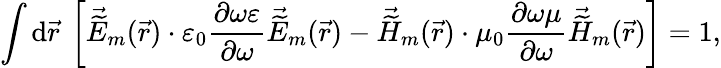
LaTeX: \int\mathrm{d}\vec{{r}}\: \left[\vec{{\widetilde{{E}}}}_{m}(\vec{{r}})\cdot\varepsilon_{0}\frac{{\partial\omega\varepsilon}}{{\partial\omega}}\vec{{\widetilde{{E}}}}_{m}(\vec{{r}})-\vec{{\widetilde{{H}}}}_{m}(\vec{{r}})\cdot\mu_{0}\frac{{\partial\omega\mu}}{{\partial\omega}}\vec{{\widetilde{{H}}}}_{m}(\vec{{r}})\right]=1,